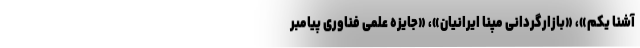
آشنا یکم»، «بازارگردانی مپنا ایرانیان»، «جایزه علمی فناوری پیامبر